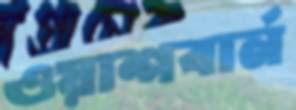
ওয়াশবার্ন